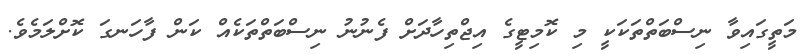
މަތީގައިވާ ނިސްބަތްތަކަކީ މި ކޮމިޓީގެ އިޖްތިހާދަށް ފެނުނު ނިސްބަތްތަކެއް ކަން ފާހަނގަ ކޮށްލަމެވެ.